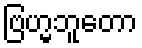
ဗြဟ္မဘူတော